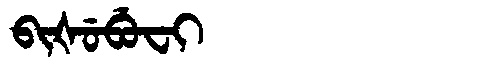
Manchu: ᠪᡳᡧᡠᠪᡠᠸᡳ
Romanization: BIŠUBUFI